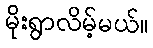
မိုးရွာလိမ့်မယ်။